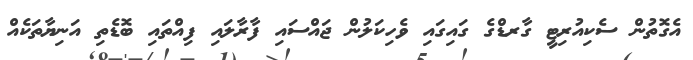
އެގޮތުން ސެކިއުރިޓީ ގާރޑްގެ ގައިގައި ވެހިކަލުން ޖައްސައި ފާރާލައި ފިއްތައި ބޮޑެތި އަނިޔާތަކެއް